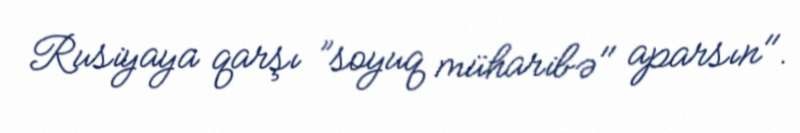
Rusiyaya qarşı ”soyuq müharibə" aparsın".